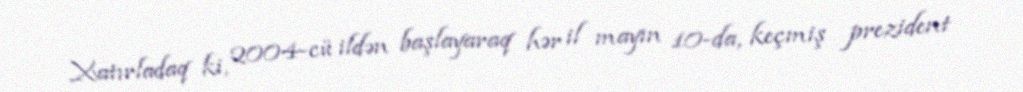
Xatırladaq ki, 2004-cü ildən başlayaraq hər il mayın 10-da, keçmiş prezident